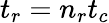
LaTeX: t_{r}=n_{r}t_{c}